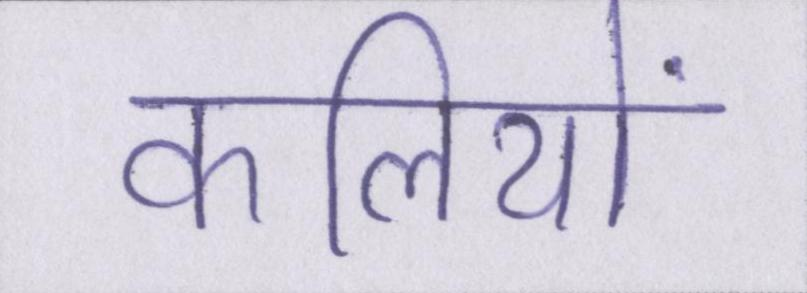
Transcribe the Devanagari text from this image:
कलियों